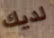
لديك